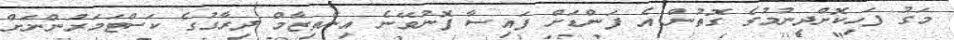
މަގު ފަހިކޮށްދިނުމުގެ ގޮތުން އެ ފަންޑަށް ފައިސާ ފޮނުވޭނެ އިންތިޒާމް ދިރާގުގެ ކަސްޓަމަރުންނަށް